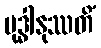
ဗုဒ္ဓါနုဿတိံ